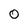
Character: 0